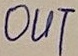
Text: OUT